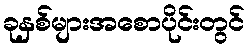
ခုနှစ်များအစောပိုင်းတွင်